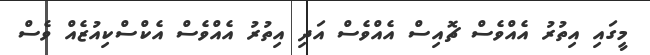
މީގައި އިތުރު އެއްވެސް ޗޮއިސް އެއްވެސް އަދި އިތުރު އެއްވެސް އެކްސްކިއުޒެއް ވެސް